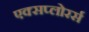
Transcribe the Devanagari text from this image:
एक्सप्लोरर्स